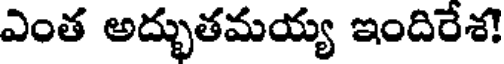
ఎంత అద్భుతమయ్య ఇందిరేశ!